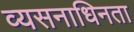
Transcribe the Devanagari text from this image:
व्यसनाधिनता